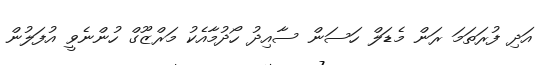
އަދި ފުރަތަމަ ރަން މެޑަލް ހަސަން ސާއިދު ހޯދުމާއެކު މަރްޒޫގް ހުންނެވީ އުފަލުން